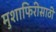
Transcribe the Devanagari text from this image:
मुशाफिरीसाठी